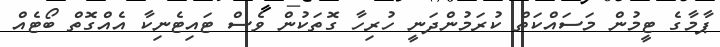
ޕާމާގެ ޓީމުން މަސައްކަތް ކުރަމުންދަނީ ހުރިހާ ގޮތަކުން ވެސް ޓައިޓެނިކާ އެއްގޮތް ބޯޓެއް